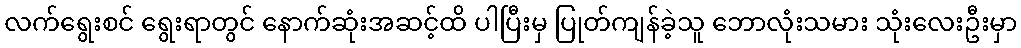
လက်ရွေးစင် ရွေးရာတွင် နောက်ဆုံးအဆင့်ထိ ပါပြီးမှ ပြုတ်ကျန်ခဲ့သူ ဘောလုံးသမား သုံးလေးဦးမှာ